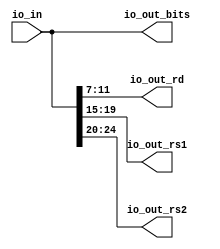
// Copyright (c) 2017, Microsemi Corporation
// All rights reserved.
//
// Redistribution and use in source and binary forms, with or without
// modification, are permitted provided that the following conditions are met:
//     * Redistributions of source code must retain the above copyright
//       notice, this list of conditions and the following disclaimer.
//     * Redistributions in binary form must reproduce the above copyright
//       notice, this list of conditions and the following disclaimer in the
//       documentation and/or other materials provided with the distribution.
//     * Neither the name of the <organization> nor the
//       names of its contributors may be used to endorse or promote products
//       derived from this software without specific prior written permission.
//
// THIS SOFTWARE IS PROVIDED BY THE COPYRIGHT HOLDERS AND CONTRIBUTORS "AS IS" AND
// ANY EXPRESS OR IMPLIED WARRANTIES, INCLUDING, BUT NOT LIMITED TO, THE IMPLIED
// WARRANTIES OF MERCHANTABILITY AND FITNESS FOR A PARTICULAR PURPOSE ARE
// DISCLAIMED. IN NO EVENT SHALL MICROSEMI CORPORATIONM BE LIABLE FOR ANY
// DIRECT, INDIRECT, INCIDENTAL, SPECIAL, EXEMPLARY, OR CONSEQUENTIAL DAMAGES
// (INCLUDING, BUT NOT LIMITED TO, PROCUREMENT OF SUBSTITUTE GOODS OR SERVICES;
// LOSS OF USE, DATA, OR PROFITS; OR BUSINESS INTERRUPTION) HOWEVER CAUSED AND
// ON ANY THEORY OF LIABILITY, WHETHER IN CONTRACT, STRICT LIABILITY, OR TORT
// (INCLUDING NEGLIGENCE OR OTHERWISE) ARISING IN ANY WAY OUT OF THE USE OF THIS
// SOFTWARE, EVEN IF ADVISED OF THE POSSIBILITY OF SUCH DAMAGE.
//
// APACHE LICENSE
// Copyright (c) 2017, Microsemi Corporation 
//
// Licensed under the Apache License, Version 2.0 (the "License");
// you may not use this file except in compliance with the License.
// You may obtain a copy of the License at
//
//    http://www.apache.org/licenses/LICENSE-2.0
//
// Unless required by applicable law or agreed to in writing, software
// distributed under the License is distributed on an "AS IS" BASIS,
// WITHOUT WARRANTIES OR CONDITIONS OF ANY KIND, either express or implied.
// See the License for the specific language governing permissions and
// limitations under the License.
//
// Description:
//
// SVN Revision Information:
// SVN $Revision: $
// SVN $Date: $
//
// Resolved SARs
// SAR      Date     Who   Description
//
// Notes:
//
// ****************************************************************************/
`ifndef RANDOMIZE_REG_INIT 
	 `define RANDOMIZE_REG_INIT 
 `endif
`ifndef RANDOMIZE_MEM_INIT 
	 `define RANDOMIZE_MEM_INIT 
 `endif
`ifndef RANDOMIZE 
	 `define RANDOMIZE 
`endif

`timescale 1ns/10ps
module MiV_Core32_MiV_Core32_0_MIV_RV32IMA_L1_AHB_RVCEXPANDER( // @[:freechips.rocketchip.system.MivRV32ImaL1AhbConfig.fir@107209.2]
  input  [31:0] io_in, // @[:freechips.rocketchip.system.MivRV32ImaL1AhbConfig.fir@107212.4]
  output [31:0] io_out_bits, // @[:freechips.rocketchip.system.MivRV32ImaL1AhbConfig.fir@107212.4]
  output [4:0]  io_out_rd, // @[:freechips.rocketchip.system.MivRV32ImaL1AhbConfig.fir@107212.4]
  output [4:0]  io_out_rs1, // @[:freechips.rocketchip.system.MivRV32ImaL1AhbConfig.fir@107212.4]
  output [4:0]  io_out_rs2 // @[:freechips.rocketchip.system.MivRV32ImaL1AhbConfig.fir@107212.4]
);
  wire [4:0] _T_5; // @[RVC.scala 20:36:freechips.rocketchip.system.MivRV32ImaL1AhbConfig.fir@107218.4]
  wire [4:0] _T_6; // @[RVC.scala 20:57:freechips.rocketchip.system.MivRV32ImaL1AhbConfig.fir@107219.4]
  wire [4:0] _T_7; // @[RVC.scala 20:79:freechips.rocketchip.system.MivRV32ImaL1AhbConfig.fir@107220.4]
  assign _T_5 = io_in[11:7]; // @[RVC.scala 20:36:freechips.rocketchip.system.MivRV32ImaL1AhbConfig.fir@107218.4]
  assign _T_6 = io_in[19:15]; // @[RVC.scala 20:57:freechips.rocketchip.system.MivRV32ImaL1AhbConfig.fir@107219.4]
  assign _T_7 = io_in[24:20]; // @[RVC.scala 20:79:freechips.rocketchip.system.MivRV32ImaL1AhbConfig.fir@107220.4]
  assign io_out_bits = io_in;
  assign io_out_rd = _T_5;
  assign io_out_rs1 = _T_6;
  assign io_out_rs2 = _T_7;
endmodule